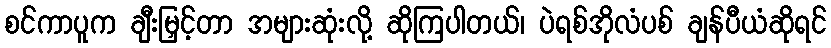
စင်ကာပူက ချီးမြှင့်တာ အများဆုံးလို့ ဆိုကြပါတယ်၊ ပဲရစ်အိုလံပစ် ချန်ပီယံဆိုရင်